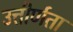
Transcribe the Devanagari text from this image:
उत्तीर्णता